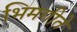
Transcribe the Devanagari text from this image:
भिमगीते